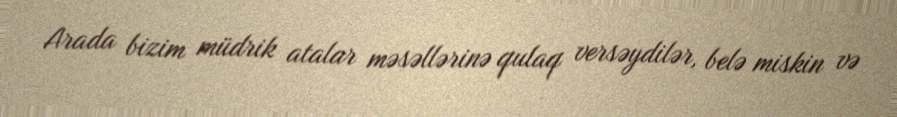
Arada bizim müdrik atalar məsəllərinə qulaq versəydilər, belə miskin və